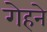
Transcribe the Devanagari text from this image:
गेहने